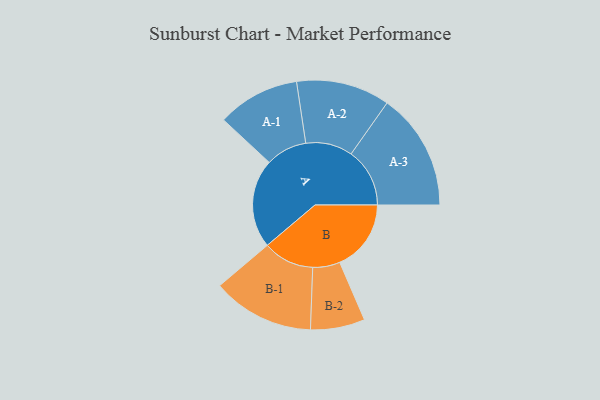
{"axis": {"x": "Segment", "y": "Value"}, "legend": ["", "A", "B"], "data": [{"x": "A", "y": 399, "type": ""}, {"x": "B", "y": 320, "type": ""}, {"x": "A-1", "y": 185, "type": "A"}, {"x": "A-2", "y": 210, "type": "A"}, {"x": "A-3", "y": 263, "type": "A"}, {"x": "B-1", "y": 229, "type": "B"}, {"x": "B-2", "y": 122, "type": "B"}]}